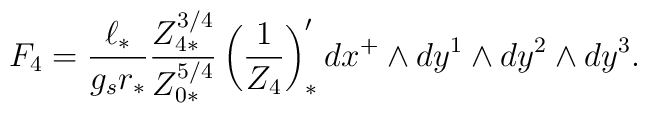
F_{4}={\ell_{*}\over g_{s}r_{*}}{Z^{3/4}_{4*}\over Z^{5/4}_{0*}}\left( {1\over Z_{4}}\right)'_{*}dx^{+}\wedge dy^{1}\wedge dy^{2}\wedge dy^{3}.